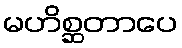
မဟိစ္ဆတာပေ